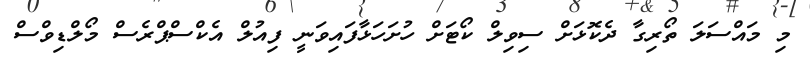
މި މައްސަަލަ ތޯރިގާ ދެކޮޅަށް ސިވިލް ކޯޓަށް ހުށަހަޅާފައިވަނީ ފިއުލް އެކްސްޕްރެސް މޯލްޑިވްސް